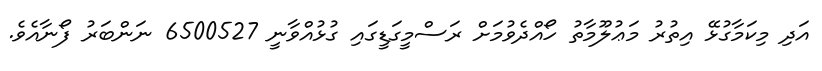
އަދި މިކަމާގުޅޭ އިތުރު މަޢުލޫމާތު ހޯއްދެވުމަށް ރަސްމީގަޑީގައި ގުޅުއްވާނީ 6500527 ނަންބަރު ފޯނާއެވެ.